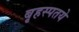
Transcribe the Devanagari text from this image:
बृहस्पतये